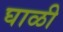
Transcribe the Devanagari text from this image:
घाळी